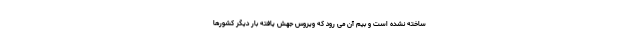
ساخته نشده است و بیم آن می رود که ویروس جهش یافته بار دیگر کشورها